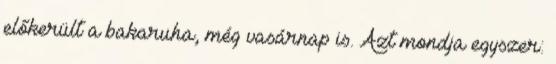
előkerült a bakaruha, még vasárnap is. Azt mondja egyszer: